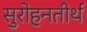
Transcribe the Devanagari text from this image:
सुरोहनतीर्थ